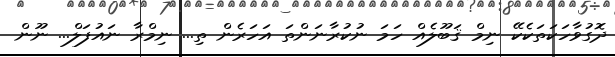
ދޮގުވާހަކަތަކެކޭ ނިމް ޤަބޫލެއް ހަމަ ނުކުރާނަންތަ އަހަރެން ތި... ނިމްރާ ނައުފަލް... ނޫން